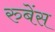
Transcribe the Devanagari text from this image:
रुबेंस